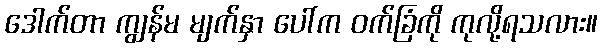
ဒေါက်တာ ကျွန်မ မျက်နှာ ပေါ်က ဝက်ခြံကို ကုလို့ရသလား။